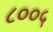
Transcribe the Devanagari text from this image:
८००५